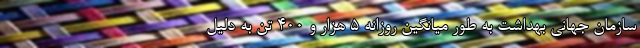
سازمان جهانی بهداشت به طور میانگین روزانه ۵ هزار و ۴۰۰ تن به دلیل